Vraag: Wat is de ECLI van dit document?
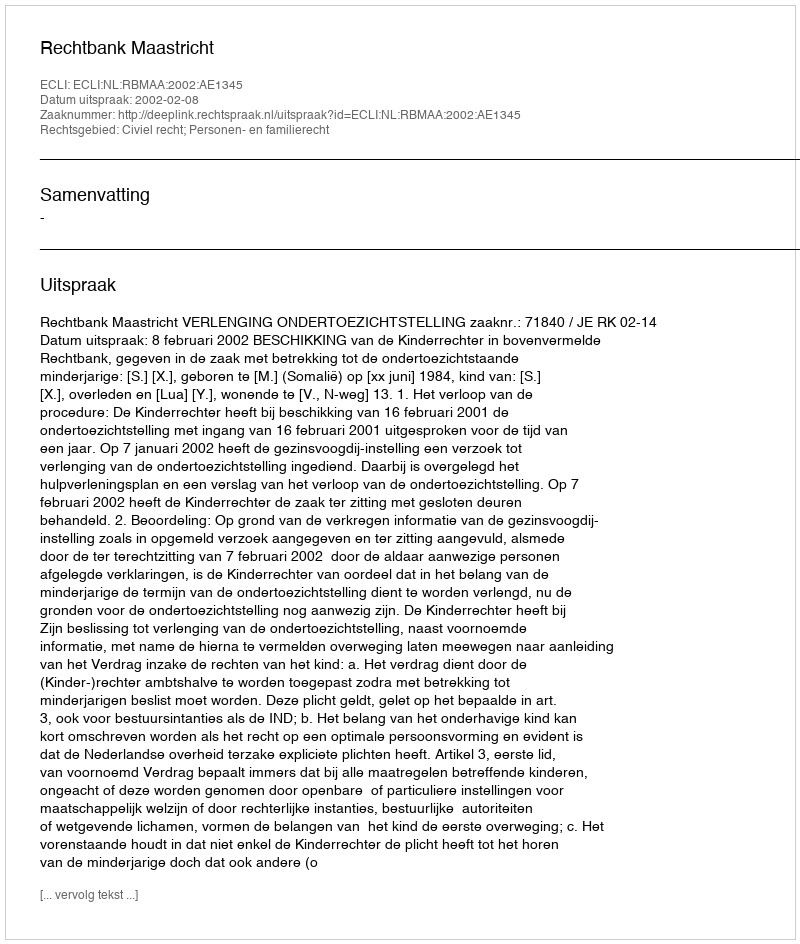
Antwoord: ECLI:NL:RBMAA:2002:AE1345